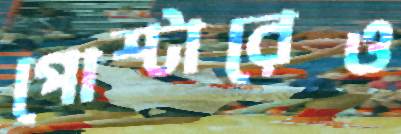
পোস্টারেও